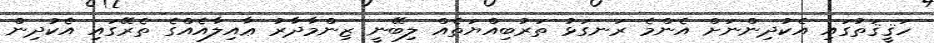
ހަޤީޤަތުގައި އެކުދިންނަށް އެންމެ ރަނގަޅު ތަރުބިއްޔަތެއް ލިބޭނީ ޒިންމާދާރު ޢާއިލާއެއްގެ ތެރޭގައި އެކުދިން